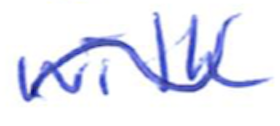
Text: with
Cross-out: wave
Writing tool: ballpoint